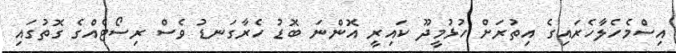
އިސްމެހެލާހެރައިގެ އިތުރަށް ހުޅުމީދޫ ކައިރީ އޮންނަ ބޮޑު ހެރާގަނޑު ވެސް ރިސޯޓެއްގެ ގޮތުގައި